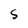
Character: S